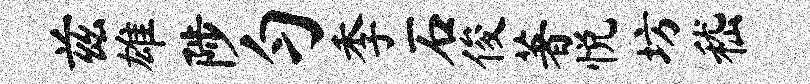
兹雄陟匀季石俊著悦坊嵇